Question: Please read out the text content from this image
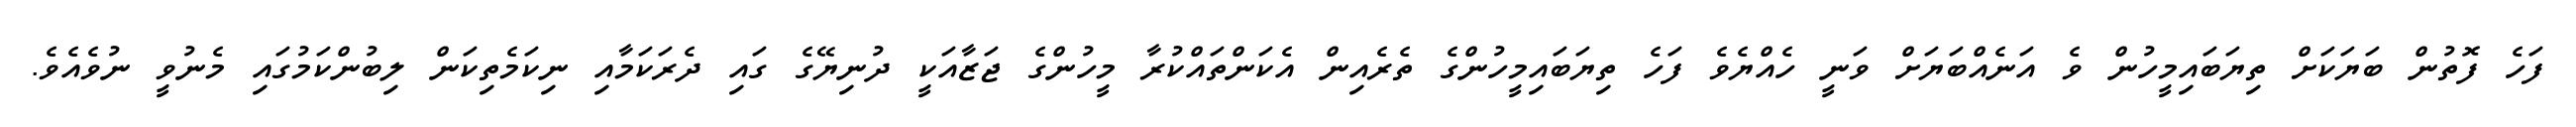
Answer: ފަހެ ފޮތުން ބަޔަކަށް ތިޔަބައިމީހުން ވެ އަނެއްބަޔަށް ވަނީ ހެއްޔެވެ ފަހެ ތިޔަބައިމީހުންގެ ތެރެއިން އެކަންތައްކުރާ މީހުންގެ ޖަޒާއަކީ ދުނިޔޭގެ ގައި ދެރަކަމާއި ނިކަމެތިކަން ލިބުންކަމުގައި މެނުވީ ނުވެއެވެ.